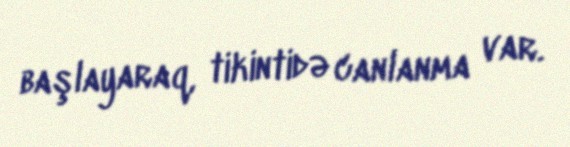
başlayaraq, tikintidə canlanma var.